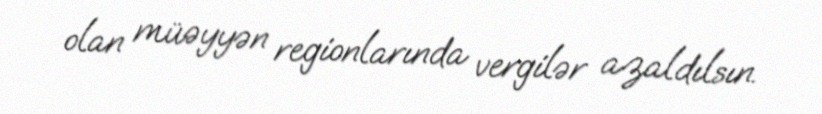
olan müəyyən regionlarında vergilər azaldılsın.